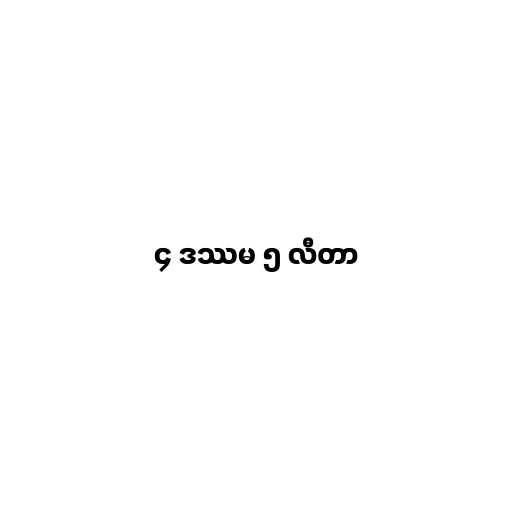
၄ ဒဿမ ၅ လီတာ